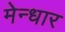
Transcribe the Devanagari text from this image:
मेन्धार